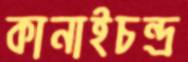
কানাইচন্দ্র